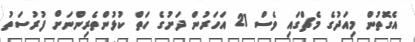
އެގޮތުން މިއަދުގެ މެޗްގައި ވެސް 21 އަހަރުން ދަށުގެ ހަތް ކުޅުންތެރިންނަށް ފުރުސަތު